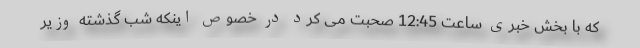
که با بخش خبری ساعت 12:45 صحبت می کرد در خصوص اینکه شب گذشته وزیر